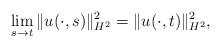
\begin{align*} \lim_{s\rightarrow t}\|u(\cdot,s)\|_{H^{2}}^{2}=\|u(\cdot,t)\|_{H^{2}}^{2},\end{align*}